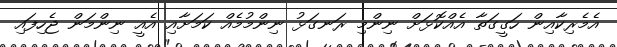
އެމެރިކާއިން ހަގީގަތާ އެއްކޮޅަށް ނިންމި ރަނގަޅު ނިންމުމެއް ކަމަށާއި އެއީ ނިންމަން ޖެހިފައި